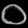
Digit: ၀